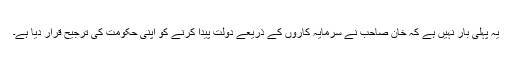
یہ پہلی بار نہیں ہے کہ خان صاحب نے سرمایہ کاروں کے ذریعے دولت پیدا کرنے کو اپنی حکومت کی ترجیح قرار دیا ہے۔